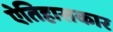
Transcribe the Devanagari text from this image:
ऐतिहासकार